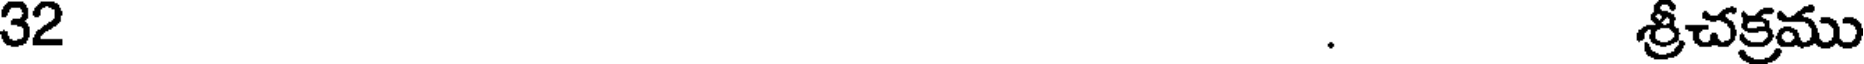
32 . శ్రీచక్రము